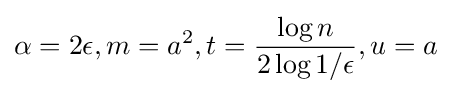
\alpha =2\epsilon ,m=a^{2},t={\frac {\log n}{2\log 1/\epsilon }},u=a